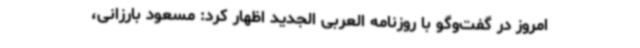
امروز در گفت‌وگو با روزنامه العربی الجدید اظهار کرد: مسعود بارزانی،